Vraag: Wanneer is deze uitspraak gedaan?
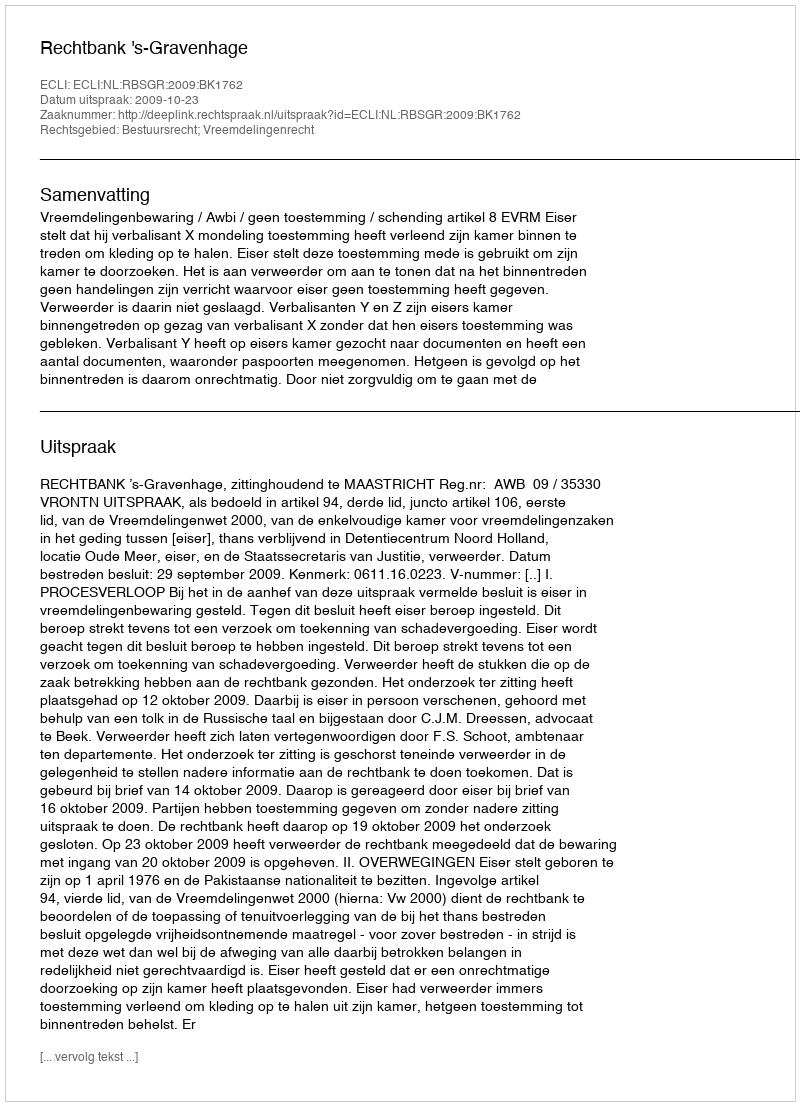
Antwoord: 2009-10-23